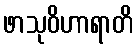
ဖာသုဝိဟာရာတိ